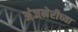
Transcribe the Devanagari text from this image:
अंजनेरीच्या